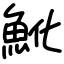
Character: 魤